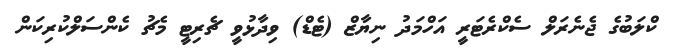
ކްލަބުގެ ޖެނެރަލް ސެކްރެޓަރީ އަހްމަދު ނިޔާޒް (ޓެޑް) ވިދާޅުވީ ޗެރިޓީ މެޗު ކެންސަލްކުރިކަން